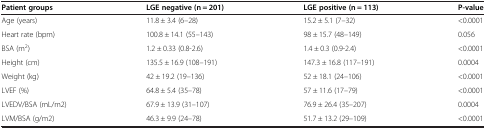
| Patient groups | LGE negative (n = 201) | LGE positive (n = 113) | P-value |
 | --- | --- | --- | --- |
 | Age (years) | 11.8 ± 3.4 (6–28) | 15.2 ± 5.1 (7–32) | <0.0001 |
 | Heart rate (bpm) | 100.8 ± 14.1 (55–143) | 98 ± 15.7 (48–149) | 0.056 |
 | BSA (m2) | 1.2 ± 0.33 (0.8-2.6) | 1.4 ± 0.3 (0.9-2.4) | <0.0001 |
 | Height (cm) | 135.5 ± 16.9 (108–191) | 147.3 ± 16.8 (117–191) | 0.0004 |
 | Weight (kg) | 42 ± 19.2 (19–136) | 52 ± 18.1 (24–106) | <0.0001 |
 | LVEF (%) | 64.8 ± 5.4 (35–78) | 57 ± 11.6 (17–79) | <0.0001 |
 | LVEDV/BSA (mL/m2) | 67.9 ± 13.9 (31–107) | 76.9 ± 26.4 (35–207) | 0.0004 |
 | LVM/BSA (g/m2) | 46.3 ± 9.9 (24–78) | 51.7 ± 13.2 (29–109) | <0.0001 |